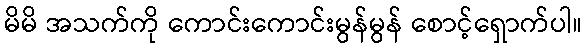
မိမိ အသက်ကို ကောင်းကောင်းမွန်မွန် စောင့်ရှောက်ပါ။